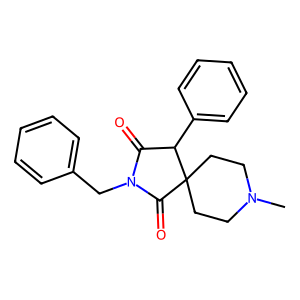
SMILES: CN1CCC2(CC1)C(=O)N(Cc1ccccc1)C(=O)C2c1ccccc1
Inhibits HIV replication: No